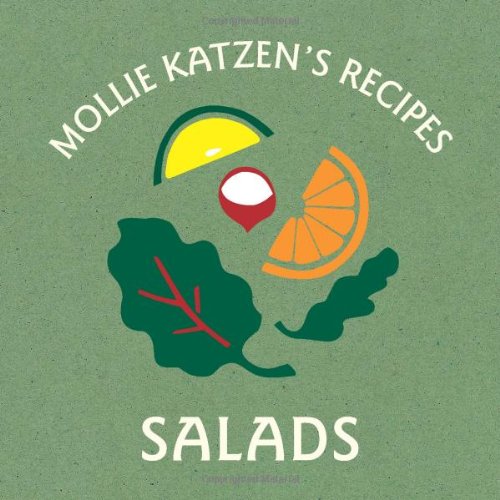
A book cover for Mollie Katzen's Recipes   Salads; Mollie Katzen; Cookbooks, Food & Wine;